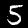
Digit: 5